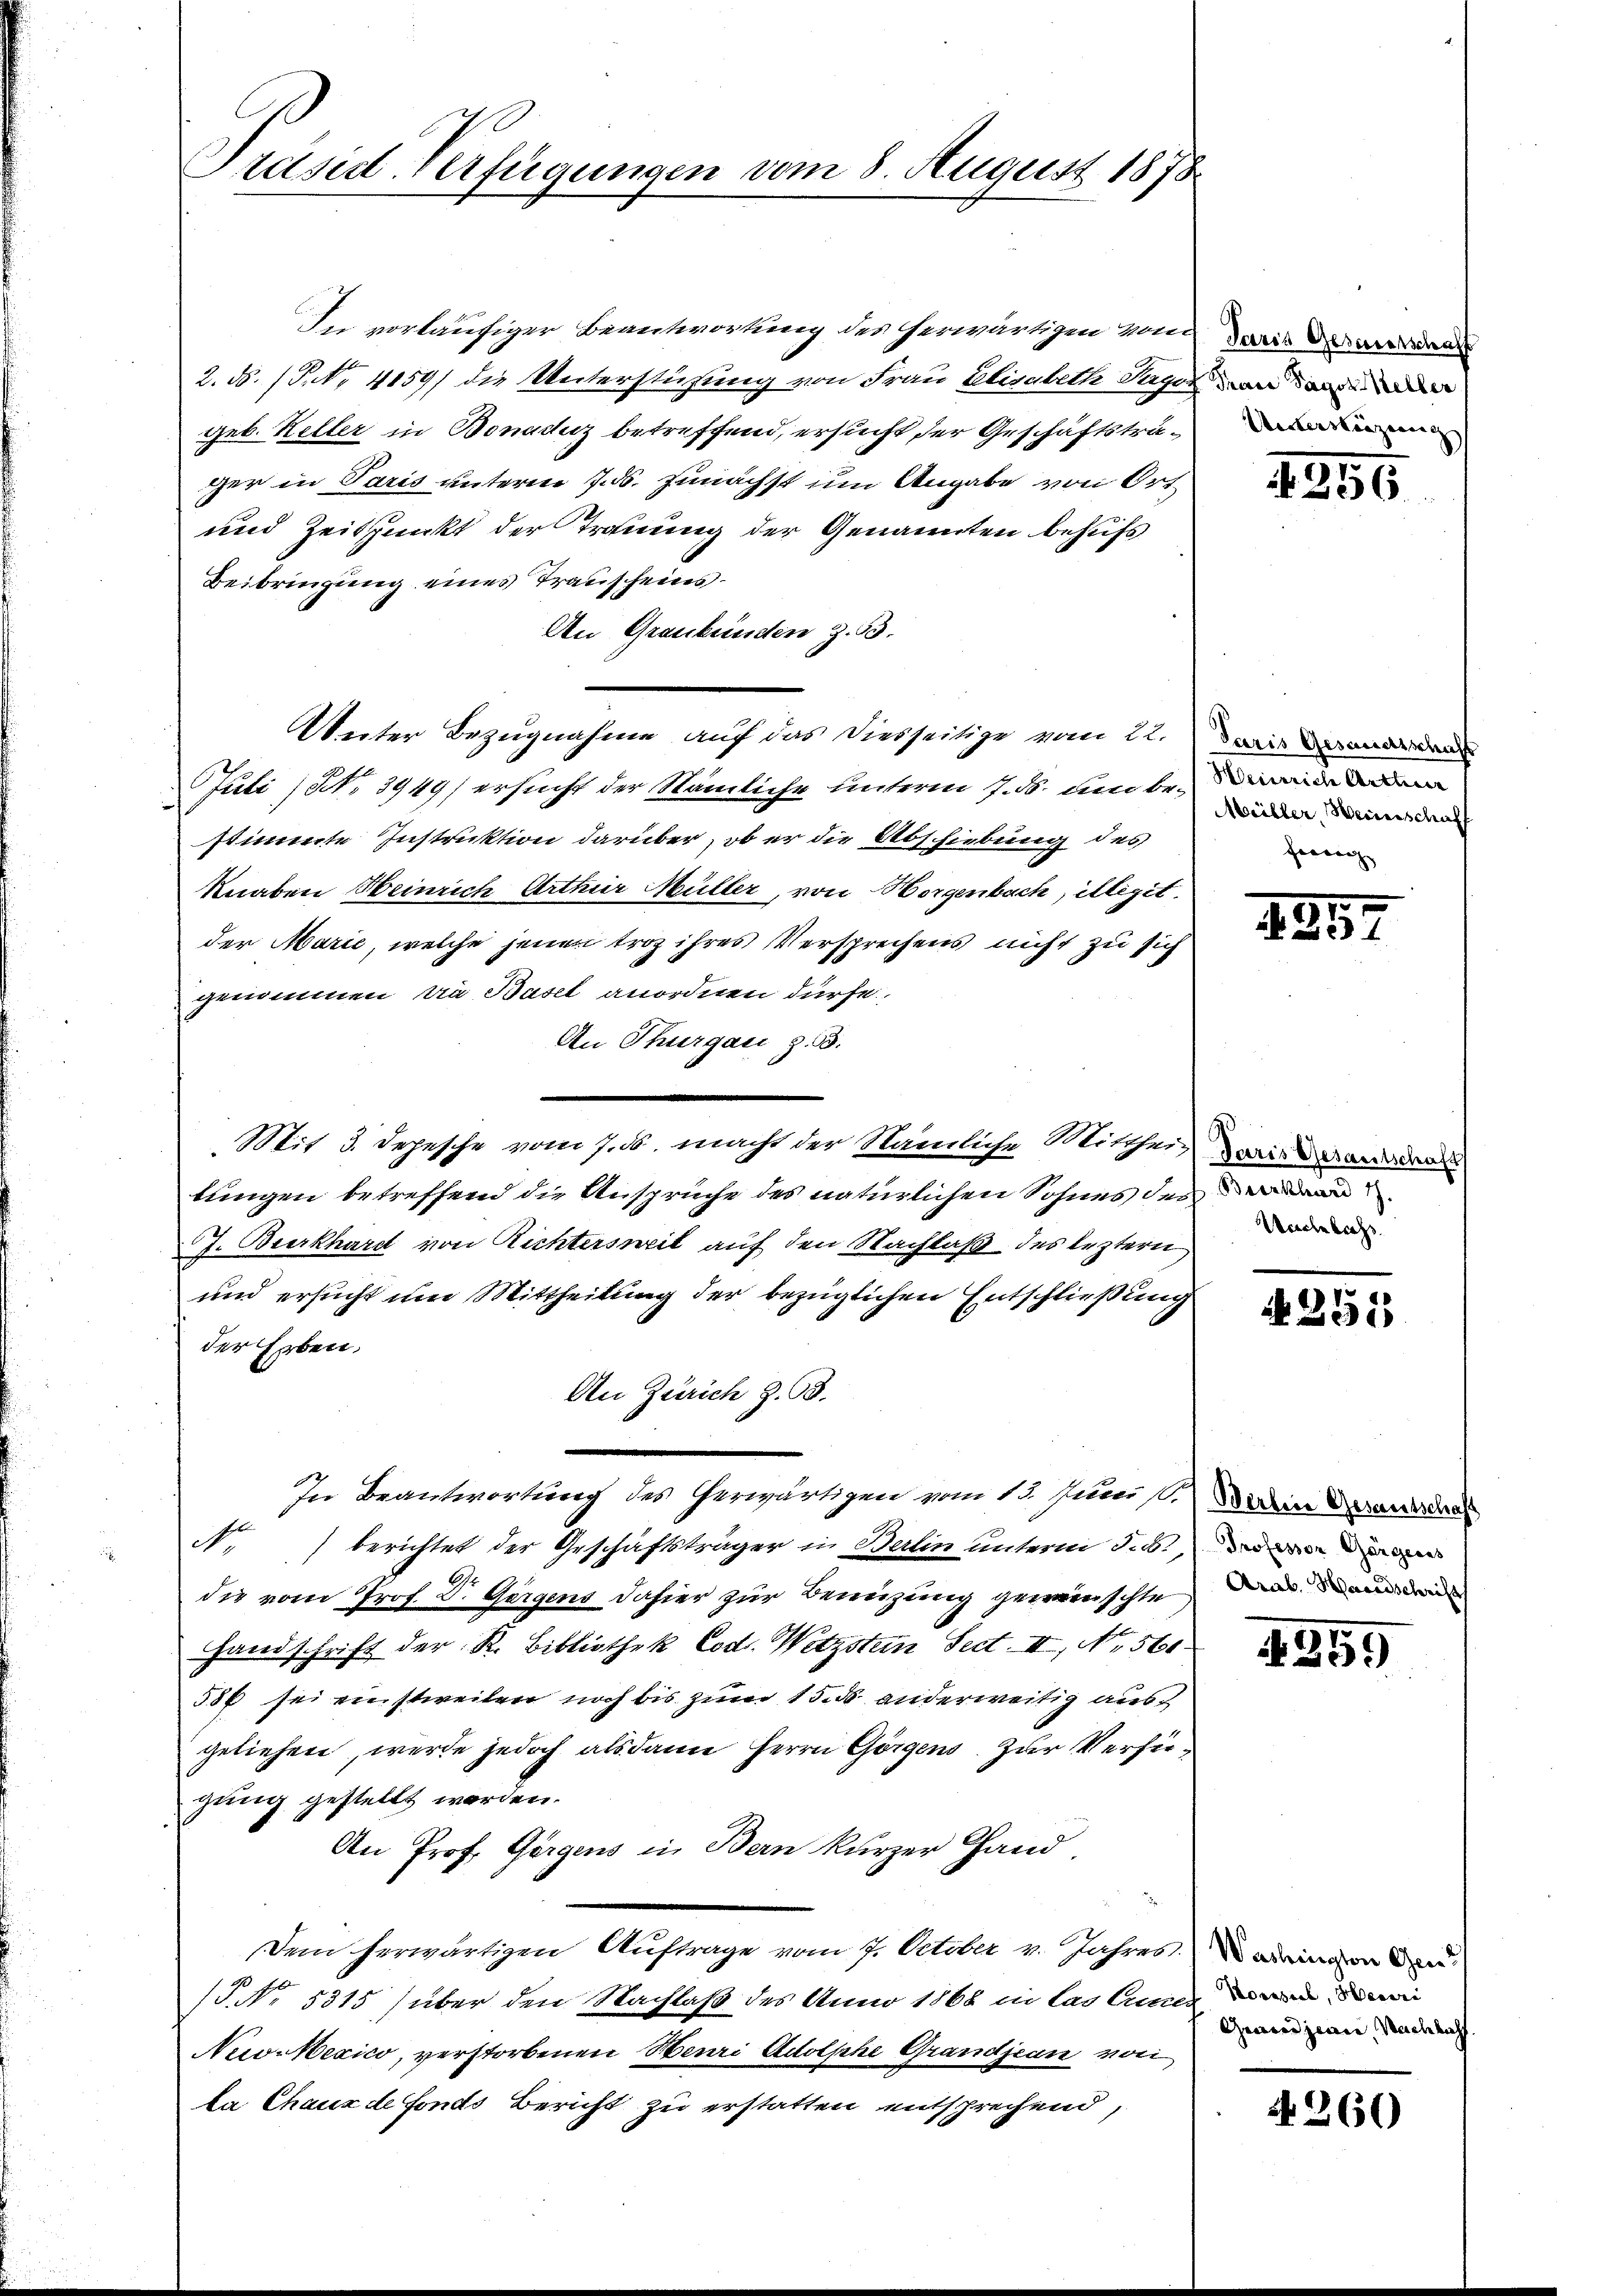
Präsid-Verfügungen vom 8. August 1878

In vorläufiger Beantwortung des herwärtigen von Zweis daran
2. d. 1. No. 4159) die Unterstüzung von Frau Elisabeth Sager an an
geb. Keller in Bonaduz betreffend, ersucht der Geschäftsträger in Paris unterm 7. ds. zunächst um Angabe von Ort¬
und Zeitpunkt der Trauung der Genannten behufs
Beibringung eines Trauscheins¬
An Graubünden Z. 33.
Unter Bezugnahme auf das Diesseitige vom 22. Di
Juli (No 3949) ersucht der Nämliche unterm 7. ds. um bestimmte Instruktion darüber, ob er die Abschiebung des
Knaben Heinrich Arthur Müller, von Horgenbach, illégit
der Marie, welche jenen troz ihres Versprechens nicht zu sich
genommen, die Basel anordnen dürfe,
An Thurgau z. B.
Mit 3. Depesche vom 7. ds. macht der Nämliche Mittheil weil er an
tungen betreffend die Ansprüche des natürlichen Sohnes der der
J. Burkhard von Richtersweit auf den Nachlaß des leztern
und ersucht um Mittheilung der bezüglichen Entschließung
der Erben,
An Zürich z. B.
In Beantwortung des herwärtigen vom 13. Juni st. Siehen Veranlas
N.) berichtet der Geschäftsträger in Berlin unterm 8. b., d
die vom Prof. Dr. Gegens dahier zur Benuzung gewünschte
Handschrift der R. Bibliothek Cod. Wetzsten Sect. II, No. 560.
53f sei einstweilen noch bis zum 15. ds. anderweitig aus
geliehen, werde jedoch als dann Herrn Görgens. Zur Verfügung gestellt worden.
An Prof. Görgens in Bern kurzer Hand
Dem herwärtigen Auftrage vom 7. October v. Jahres. angen der
P. Nr. 5315 (über den Nachlaß des Anno 1868 in las unen
Nev-Nexico, verstorbenen Meuri Adolphe Grandjean von
la Chaux de fonds Bericht zu erstatten entsprechend,

Unverkürzung

Müller, Weinschaff
fertig

4256

43.

Weiche lass

N 251

4259

Grandjean Nachlach

4260